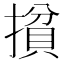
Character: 𰔢